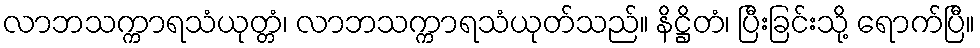
လာဘသက္ကာရသံယုတ္တံ၊ လာဘသက္ကာရသံယုတ်သည်။ နိဋ္ဌိတံ၊ ပြီးခြင်းသို့ ရောက်ပြီ။